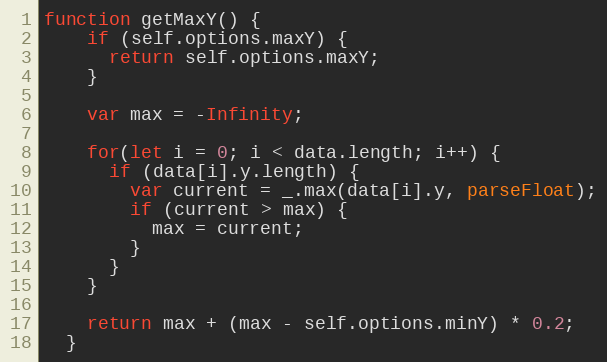
Language: JavaScript
function getMaxY() {
    if (self.options.maxY) {
      return self.options.maxY;
    }

    var max = -Infinity;

    for(let i = 0; i < data.length; i++) {
      if (data[i].y.length) {
        var current = _.max(data[i].y, parseFloat);
        if (current > max) {
          max = current;
        }
      }
    }

    return max + (max - self.options.minY) * 0.2;
  }